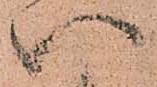
い